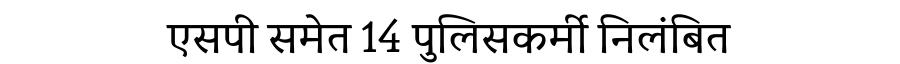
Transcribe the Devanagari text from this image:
एसपी समेत 14 पुलिसकर्मी निलंबित